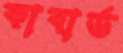
কাবার্ড